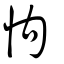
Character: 怐